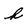
Character: h